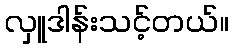
လှူဒါန်းသင့်တယ်။